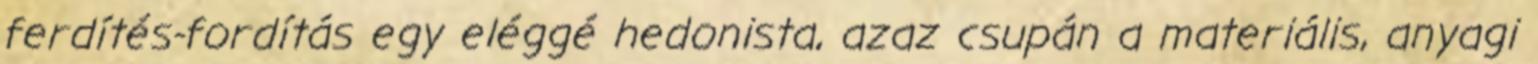
ferdítés-fordítás egy eléggé hedonista, azaz csupán a materiális, anyagi